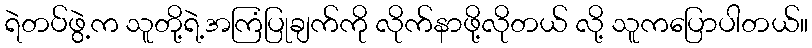
ရဲတပ်ဖွဲ့က သူတို့ရဲ့အကြံပြုချက်ကို လိုက်နာဖို့လိုတယ် လို့ သူကပြောပါတယ်။